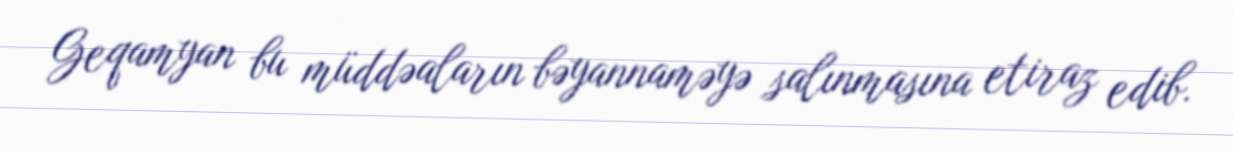
Geqamyan bu müddəaların bəyannaməyə salınmasına etiraz edib.